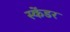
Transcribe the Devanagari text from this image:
स्केंडर